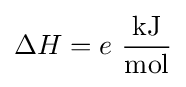
\Delta H=e\ {\frac {\text{kJ}}{\text{mol}}}